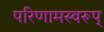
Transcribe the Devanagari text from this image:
परिणामस्वरूप्